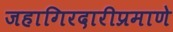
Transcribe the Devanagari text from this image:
जहागिरदारीप्रमाणे